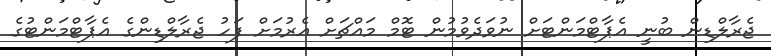
ޖެރާލްޑިން ބުނީ އެޕާޓްމަންޓަށް ނުވަދެވުމުން ޓޮމް މައްޗަށް އެރުމަށް ފަހު ޖެރާލްޑިންގެ އެޕާޓްމަންޓުގެ